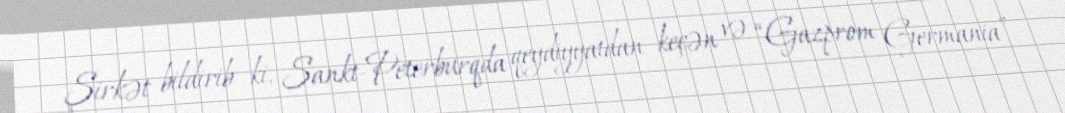
Şirkət bildirib ki, Sankt-Peterburqda qeydiyyatdan keçən və “Gazprom Germania”